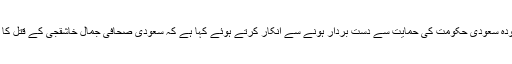
دوسری طرف ٹرمپ انتظامیہ نے دو ٹوک الفاظ میں موجودہ سعودی حکومت کی حمایت سے دست بردار ہونے سے انکار کرتے ہوئے کہا ہے کہ سعودی صحافی جمال خاشقجی کے قتل کا ذمہ دار ولی عہد محمد بن سلمان کو قرار نہیں دیا جاسکتا۔